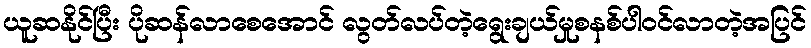
ယူဆနိုင်ပြီး ပိုဆန်လာစေအောင် လွတ်လပ်တဲ့ရွေးချယ်မှုစနစ်ပါဝင်လာတဲ့အပြင်